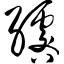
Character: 绺